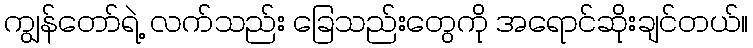
ကျွန်တော်ရဲ့ လက်သည်း ခြေသည်းတွေကို အရောင်ဆိုးချင်တယ်။